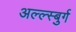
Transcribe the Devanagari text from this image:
अल्ल्स्बुर्ग